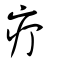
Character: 疔